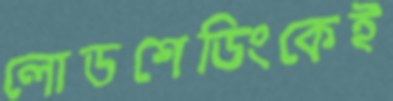
লোডশেডিংকেই